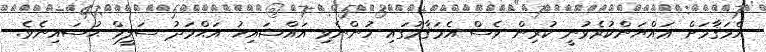
އެމަޤާމަށް ޢައްޔަންކުރެވުނީ ކުރިން ވެސް އެމަޤާމުގައި ހުންނެވި އައްޝައިޚު އަޙްމަދު ސަލީމް ޙުސައިނެވެ.